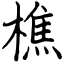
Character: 樵